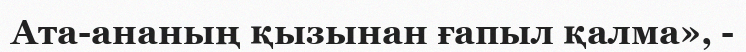
Ата-ананың қызынан ғапыл қалма», -